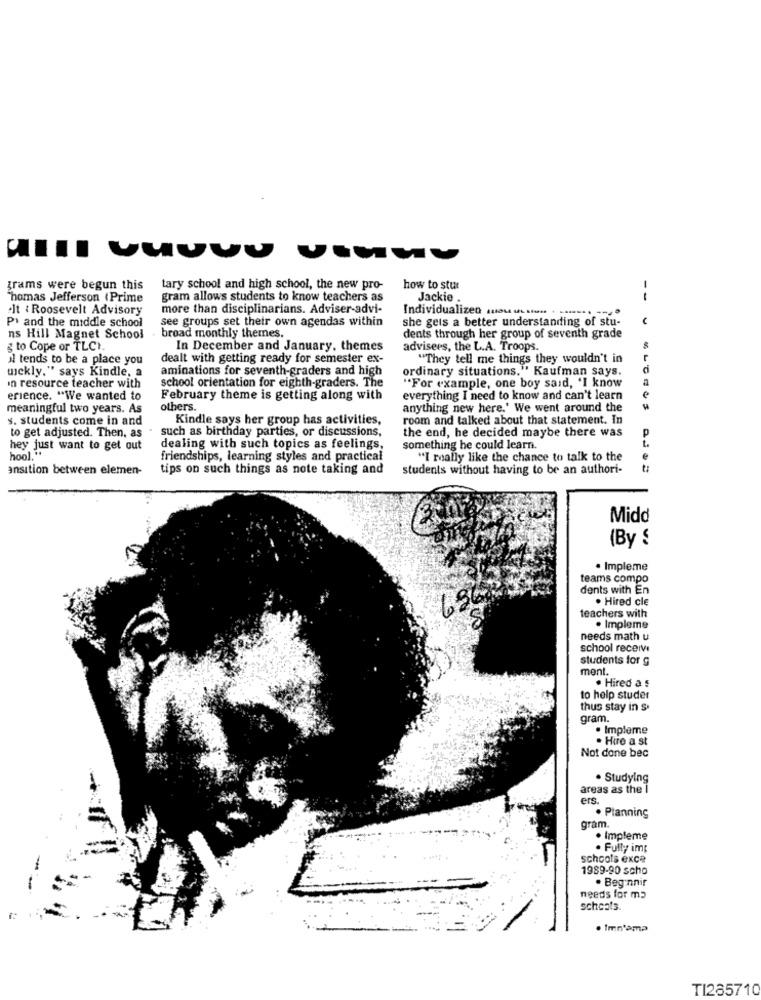
grams were begun this
tary school and high school, the new pro-
how to stu
-
Thomas Jefferson (Prime
gram allows students to know teachers as
Jackie .
·It :Roosevelt Advisory
more than disciplinarians. Adviser-advi-
Individualized (11064 ust . -...
Pi and the middle school
see groups set their own agendas within
she gets a better understanding of stu-
-
ns Hill Magnet School
broad monthly themes.
dents through her group of seventh grade
to Cope or TLCI.
In December and January, themes
advisers, the L.A. Troops.
il tends to be a place you
dealt with getting ready for semester ex-
"They tell me things they wouldn't in
wekly." says Kindle, a
aminations for seventh-graders and high
ordinary situations." Kaufman says.
school orientation for eighth-graders. The
"For example, one boy said, "I know
In resource teacher with
erience. "We wanted to
February theme is getting along with
everything I need to know and can't learn
meaningful two years. As
others.
anything new here.' We went around the
s. students come in and
Kindle says her group has activities,
room and talked about that statement. In
such as birthday parties, or discussions,
the end, he decided maybe there was
to get adjusted. Then, as
hey just want to get out
dealing with such topics as feelings,
something he could learn.
hool."
friendships, learning styles and practical
"I really like the chance to talk to the
ansition between elemen-
tips on such things as note taking and
students without having to be an authori-
Midd
(By S
· Impleme
teams compo
dents with En
· Hired cle
68
teachers with
. Impleme
needs math u
school receive
students for g
ment.
. Hired a :
to help studer
thus stay in s
gram.
· Impleme
. Hure a st
Not done bec
. Studying
areas as the 1
ers
. Planning
gram.
. Impleme
. Fully imp
schools exce
1989-90 scho
. Beginnir
needs for ma
schools.
. Imn'ama
TI285710